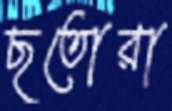
ছতোরা